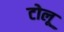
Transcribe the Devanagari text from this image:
टोलू